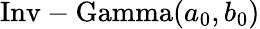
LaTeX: {\mathrm{Inv-Gamma}}(a_{0},b_{0})